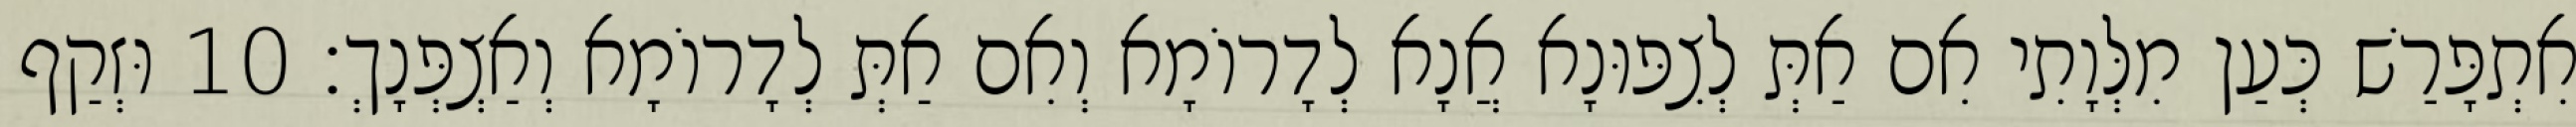
אִתְפָּרַשׁ כְּעַן מִלְּוָתִי אִם אַתְּ לְצִפּוּנָא אֲנָא לְדָרוֹמָא וְאִם אַתְּ לְדָרוֹמָא וְאַצְפְּנָךְ׃ 10 וּזְקַף